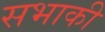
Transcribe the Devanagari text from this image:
सभाकी